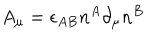
LaTeX: A _ { \mu } = \epsilon _ { A B } n ^ { A } \partial _ { \mu } n ^ { B }